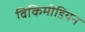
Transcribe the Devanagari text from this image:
विकिमीडियन